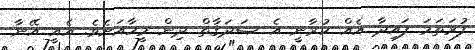
ފުރަތަމަ ފައިދާ އެއް ކުރާނީ އެ ޞަދަޤާތް ދިން މީހާއަށެވެ. އެއީ އޭނާ